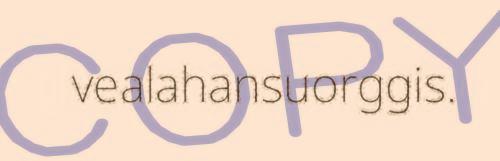
vealahansuorggis.